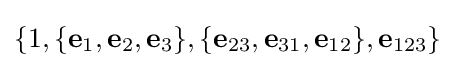
\{1,\{\mathbf {e} _{1},\mathbf {e} _{2},\mathbf {e} _{3}\},\{\mathbf {e} _{23},\mathbf {e} _{31},\mathbf {e} _{12}\},\mathbf {e} _{123}\}